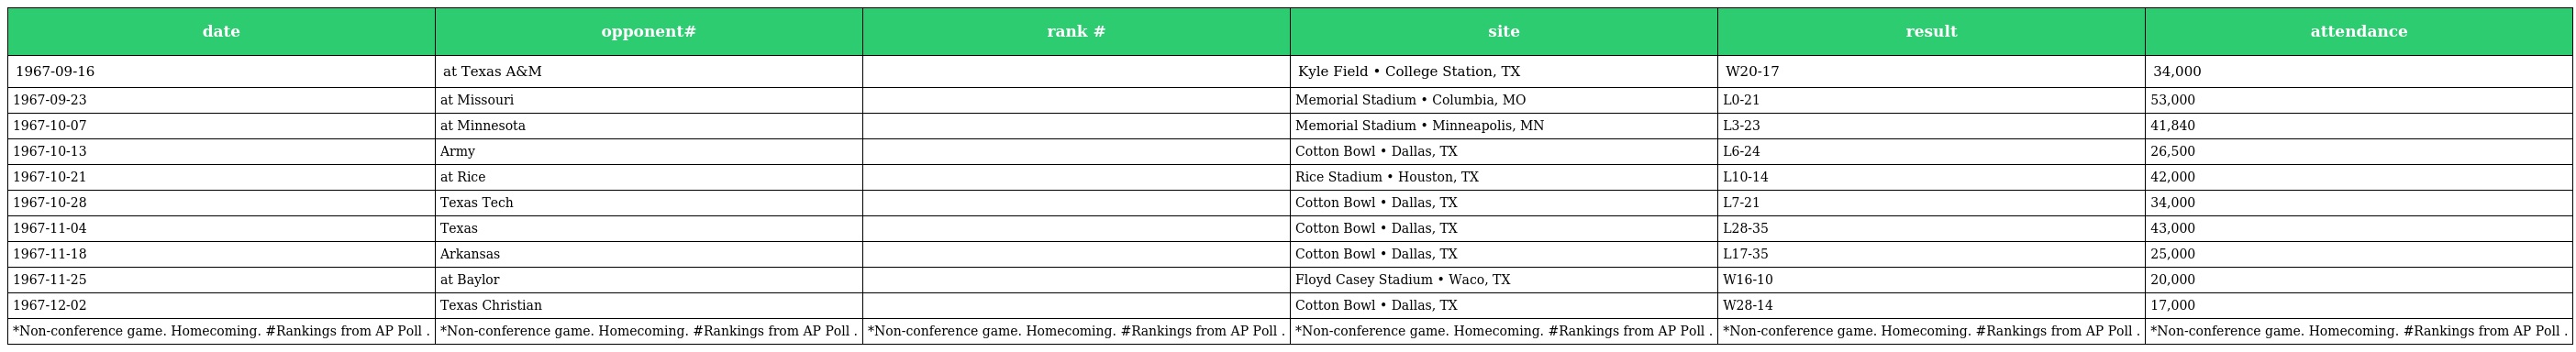
| date | opponent# | rank # | site | result | attendance |
 | --- | --- | --- | --- | --- | --- |
 | 1967-09-16 | at Texas A&M |  | Kyle Field • College Station, TX | W20-17 | 34,000 |
 | 1967-09-23 | at Missouri |  | Memorial Stadium • Columbia, MO | L0-21 | 53,000 |
 | 1967-10-07 | at Minnesota |  | Memorial Stadium • Minneapolis, MN | L3-23 | 41,840 |
 | 1967-10-13 | Army |  | Cotton Bowl • Dallas, TX | L6-24 | 26,500 |
 | 1967-10-21 | at Rice |  | Rice Stadium • Houston, TX | L10-14 | 42,000 |
 | 1967-10-28 | Texas Tech |  | Cotton Bowl • Dallas, TX | L7-21 | 34,000 |
 | 1967-11-04 | Texas |  | Cotton Bowl • Dallas, TX | L28-35 | 43,000 |
 | 1967-11-18 | Arkansas |  | Cotton Bowl • Dallas, TX | L17-35 | 25,000 |
 | 1967-11-25 | at Baylor |  | Floyd Casey Stadium • Waco, TX | W16-10 | 20,000 |
 | 1967-12-02 | Texas Christian |  | Cotton Bowl • Dallas, TX | W28-14 | 17,000 |
 | *Non-conference game. Homecoming. #Rankings from AP Poll . | *Non-conference game. Homecoming. #Rankings from AP Poll . | *Non-conference game. Homecoming. #Rankings from AP Poll . | *Non-conference game. Homecoming. #Rankings from AP Poll . | *Non-conference game. Homecoming. #Rankings from AP Poll . | *Non-conference game. Homecoming. #Rankings from AP Poll . |